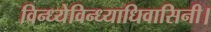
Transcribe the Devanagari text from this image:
विन्ध्येविन्ध्याधिवासिनी।